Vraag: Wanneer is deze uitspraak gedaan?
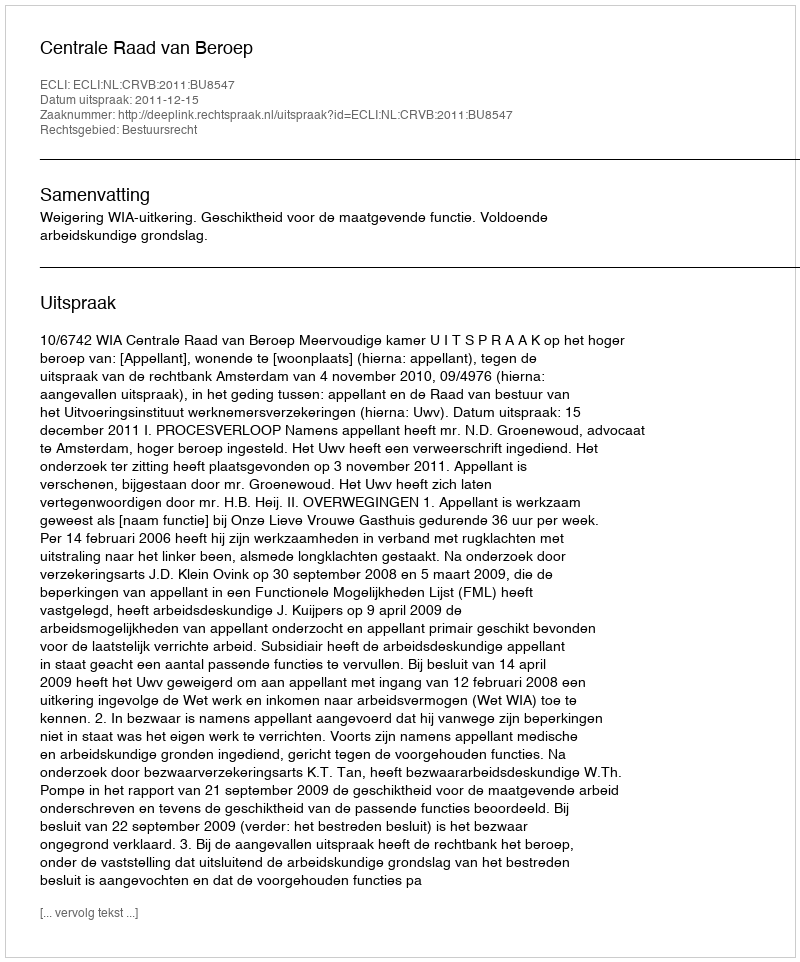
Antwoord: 2011-12-15